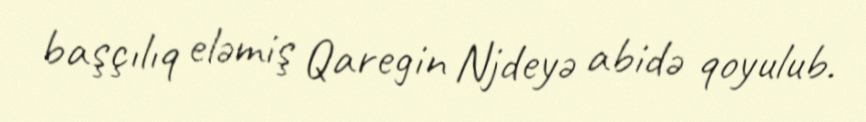
başçılıq eləmiş Qaregin Njdeyə abidə qoyulub.